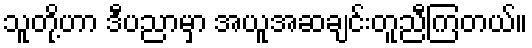
သူတို့ဟာ ဒီပညာမှာ အယူအဆချင်းတူညီကြတယ်။